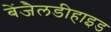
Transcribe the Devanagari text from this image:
बेंजैलडीहाइड